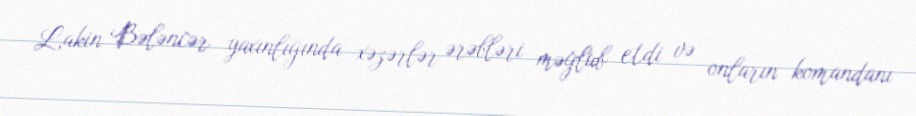
Lakin Bələncər yaxınlığında xəzərlər ərəbləri məğlub etdi və onların komandanı